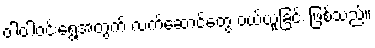
ဝါဝါဝင်းရွေ့အတွက် လက်ဆောင်တွေ ဝယ်ယူခြင်း ဖြစ်သည်။